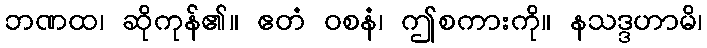
ဘဏထ၊ ဆိုကုန်၏။ ဧတံ ဝစနံ၊ ဤစကားကို။ နသဒ္ဒဟာမိ၊